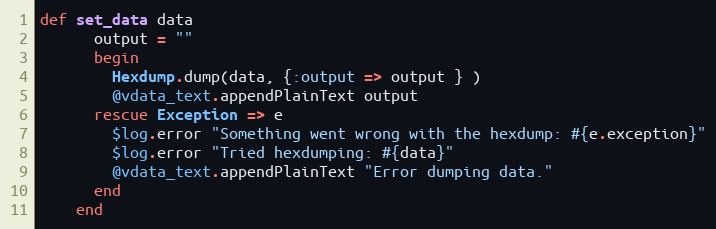
Language: Ruby
def set_data data
      output = ""
      begin
        Hexdump.dump(data, {:output => output } )
        @vdata_text.appendPlainText output
      rescue Exception => e
        $log.error "Something went wrong with the hexdump: #{e.exception}"
        $log.error "Tried hexdumping: #{data}"
        @vdata_text.appendPlainText "Error dumping data."
      end
    end